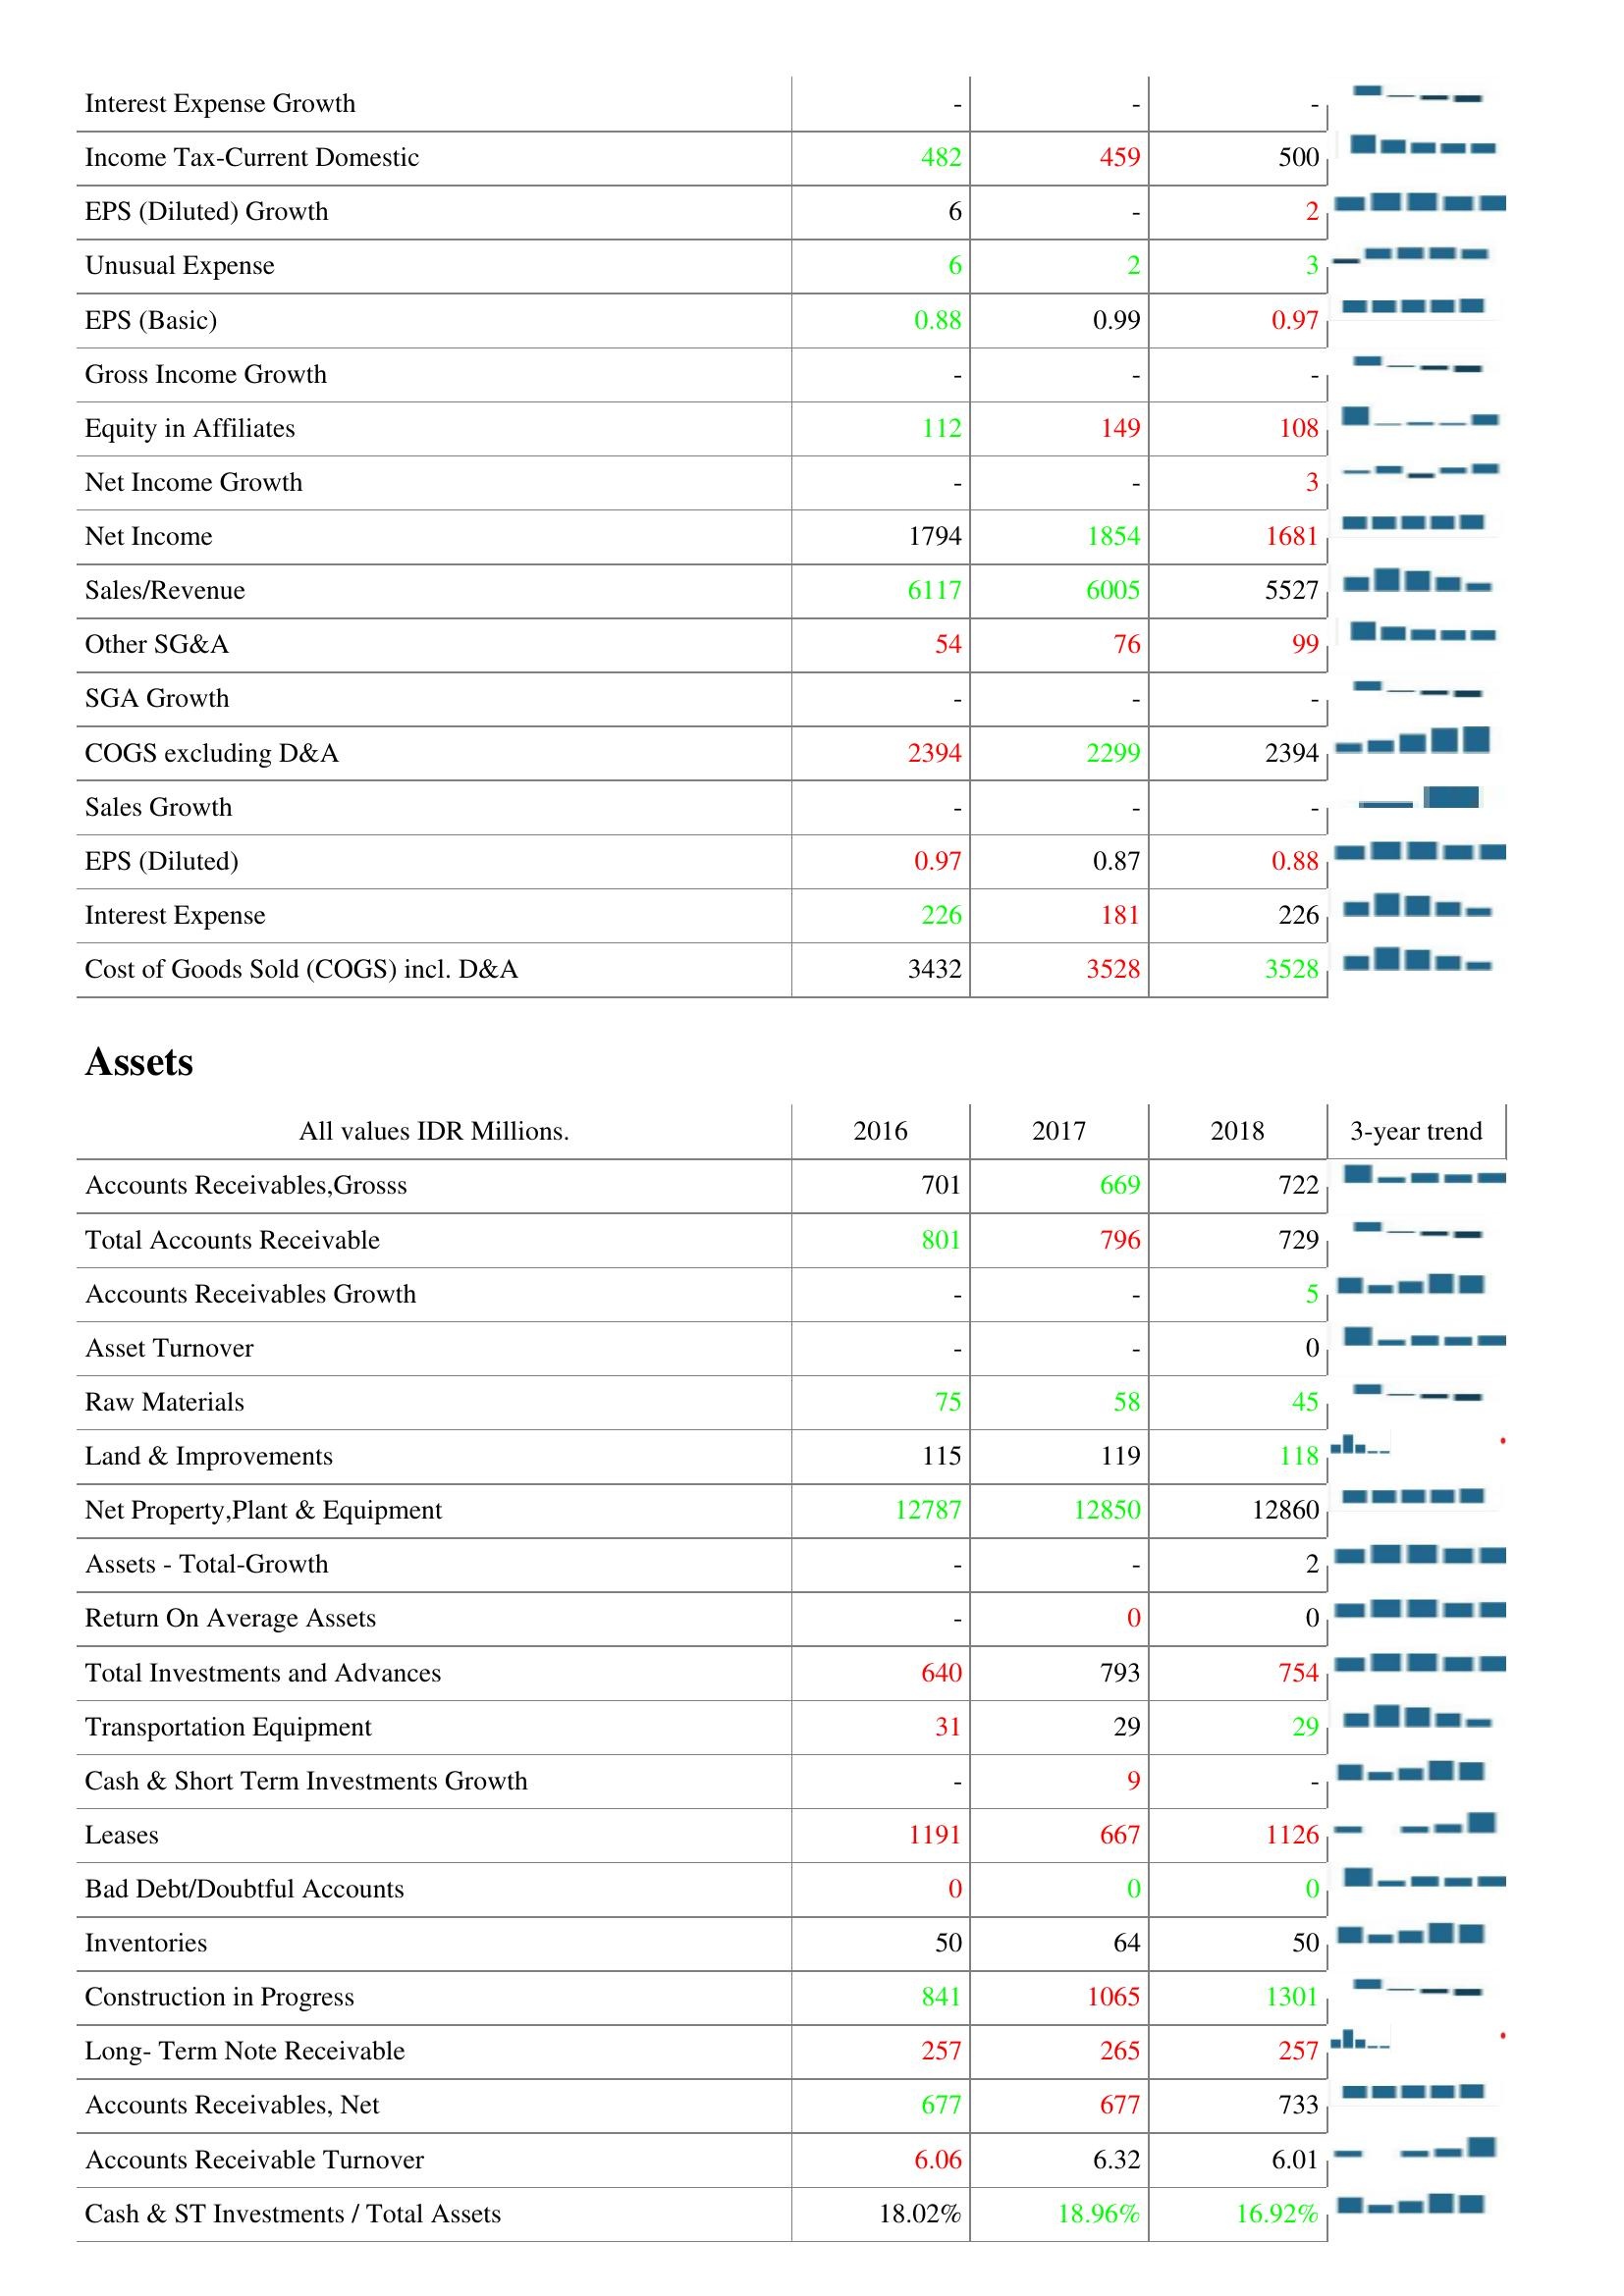
2016: : Interest Expense Growth: -
Income Tax-Current Domestic: 482
EPS (Diluted) Growth: 6
Unusual Expense: 6
EPS (Basic): 0.88
Gross Income Growth: -
Equity in Affiliates: 112
Net Income Growth: -
Net Income: 1794
Sales/Revenue: 6117
Other SG&A: 54
SGA Growth: -
COGS excluding D&A: 2394
Sales Growth: -
EPS (Diluted): 0.97
Interest Expense: 226
Cost of Goods Sold (COGS) incl. D&A: 3432
Assets: Accounts Receivables,Grosss: 701
Total Accounts Receivable: 801
Accounts Receivables Growth: -
Asset Turnover: -
Raw Materials: 75
Land & Improvements: 115
Net Property,Plant & Equipment: 12787
Assets - Total-Growth: -
Return On Average Assets: -
Total Investments and Advances: 640
Transportation Equipment: 31
Cash & Short Term Investments Growth: -
Leases: 1191
Bad Debt/Doubtful Accounts: 0
Inventories: 50
Construction in Progress: 841
Long- Term Note Receivable: 257
Accounts Receivables, Net: 677
Accounts Receivable Turnover: 6.06
Cash & ST Investments / Total Assets: 18.02%
2017: : Interest Expense Growth: -
Income Tax-Current Domestic: 459
EPS (Diluted) Growth: -
Unusual Expense: 2
EPS (Basic): 0.99
Gross Income Growth: -
Equity in Affiliates: 149
Net Income Growth: -
Net Income: 1854
Sales/Revenue: 6005
Other SG&A: 76
SGA Growth: -
COGS excluding D&A: 2299
Sales Growth: -
EPS (Diluted): 0.87
Interest Expense: 181
Cost of Goods Sold (COGS) incl. D&A: 3528
Assets: Accounts Receivables,Grosss: 669
Total Accounts Receivable: 796
Accounts Receivables Growth: -
Asset Turnover: -
Raw Materials: 58
Land & Improvements: 119
Net Property,Plant & Equipment: 12850
Assets - Total-Growth: -
Return On Average Assets: 0
Total Investments and Advances: 793
Transportation Equipment: 29
Cash & Short Term Investments Growth: 9
Leases: 667
Bad Debt/Doubtful Accounts: 0
Inventories: 64
Construction in Progress: 1065
Long- Term Note Receivable: 265
Accounts Receivables, Net: 677
Accounts Receivable Turnover: 6.32
Cash & ST Investments / Total Assets: 18.96%
2018: : Interest Expense Growth: -
Income Tax-Current Domestic: 500
EPS (Diluted) Growth: 2
Unusual Expense: 3
EPS (Basic): 0.97
Gross Income Growth: -
Equity in Affiliates: 108
Net Income Growth: 3
Net Income: 1681
Sales/Revenue: 5527
Other SG&A: 99
SGA Growth: -
COGS excluding D&A: 2394
Sales Growth: -
EPS (Diluted): 0.88
Interest Expense: 226
Cost of Goods Sold (COGS) incl. D&A: 3528
Assets: Accounts Receivables,Grosss: 722
Total Accounts Receivable: 729
Accounts Receivables Growth: 5
Asset Turnover: 0
Raw Materials: 45
Land & Improvements: 118
Net Property,Plant & Equipment: 12860
Assets - Total-Growth: 2
Return On Average Assets: 0
Total Investments and Advances: 754
Transportation Equipment: 29
Cash & Short Term Investments Growth: -
Leases: 1126
Bad Debt/Doubtful Accounts: 0
Inventories: 50
Construction in Progress: 1301
Long- Term Note Receivable: 257
Accounts Receivables, Net: 733
Accounts Receivable Turnover: 6.01
Cash & ST Investments / Total Assets: 16.92%